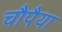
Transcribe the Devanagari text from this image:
चौपैया